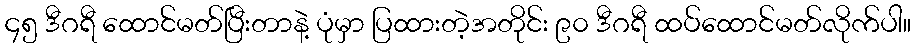
၄၅ ဒီဂရီ ထောင်မတ်ပြီးတာနဲ့ ပုံမှာ ပြထားတဲ့အတိုင်း ၉၀ ဒီဂရီ ထပ်ထောင်မတ်လိုက်ပါ။